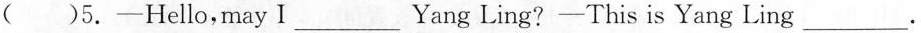
( )5.-Hello,may I___Yang Ling?-This is Yang Ling___.